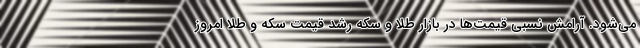
می‌شود. آرامش نسبی قیمت‌ها در بازار طلا و سکه رشد قیمت سکه و طلا امروز